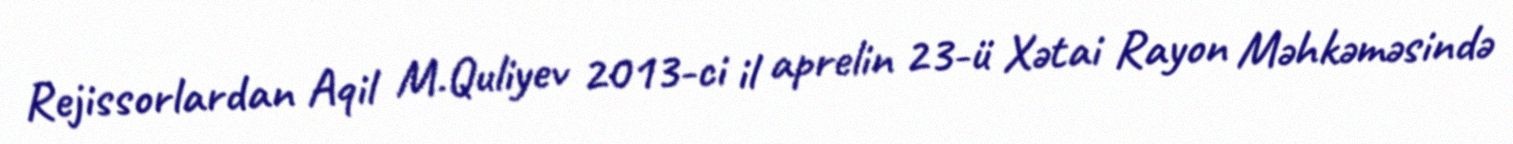
Rejissorlardan Aqil M.Quliyev 2013-ci il aprelin 23-ü Xətai Rayon Məhkəməsində